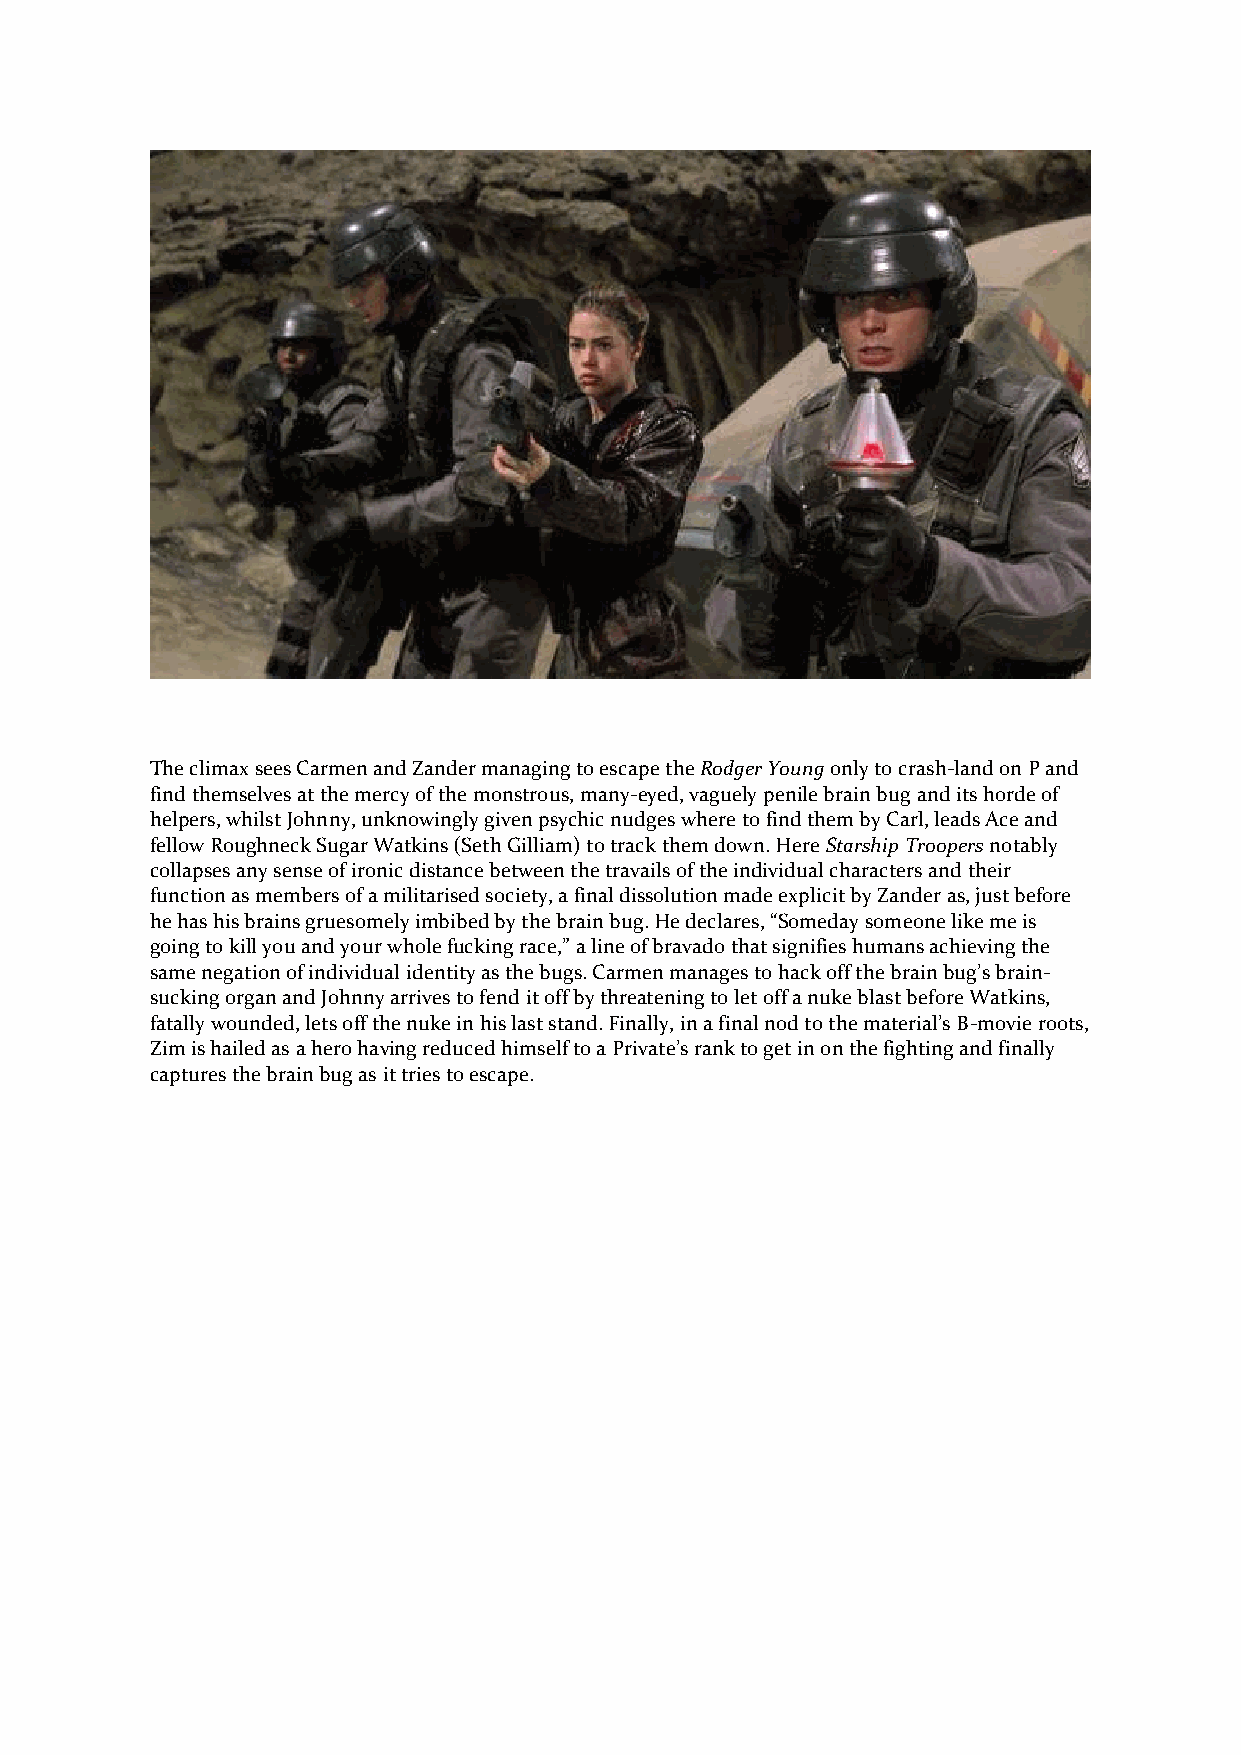
The climax sees Carmen and Zander managing to escape the Rodger Young only to crash-land on P and
 find themselves at the mercy of the monstrous, many-eyed, vaguely penile brain bug and its horde of
 helpers, whilst Johnny, unknowingly given psychic nudges where to find them by Carl, leads Ace and
 fellow Roughneck Sugar Watkins (Seth Gilliam) to track them down. Here Starship Troopers notably
 collapses any sense of ironic distance between the travails of the individual characters and their
 function as members of a militarised society, a final dissolution made explicit by Zander as, just before
 he has his brains gruesomely imbibed by the brain bug. He declares, “Someday someone like me is
 going to kill you and your whole fucking race,” a line of bravado that signifies humans achieving the
 same negation of individual identity as the bugs. Carmen manages to hack off the brain bug’s brain-
 sucking organ and Johnny arrives to fend it off by threatening to let off a nuke blast before Watkins,
 fatally wounded, lets off the nuke in his last stand. Finally, in a final nod to the material’s B-movie roots,
 Zim is hailed as a hero having reduced himself to a Private’s rank to get in on the fighting and finally
 captures the brain bug as it tries to escape.